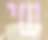
שי